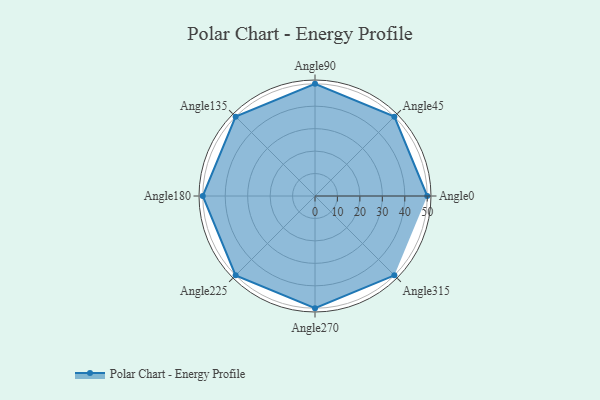
{"axis": {"x": "Angle", "y": "Radius"}, "legend": [""], "data": [{"x": "Angle0", "y": 50, "type": ""}, {"x": "Angle45", "y": 50, "type": ""}, {"x": "Angle90", "y": 50, "type": ""}, {"x": "Angle135", "y": 50, "type": ""}, {"x": "Angle180", "y": 50, "type": ""}, {"x": "Angle225", "y": 50, "type": ""}, {"x": "Angle270", "y": 50, "type": ""}, {"x": "Angle315", "y": 50, "type": ""}]}